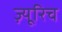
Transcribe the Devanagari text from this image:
ज़्यूरिच